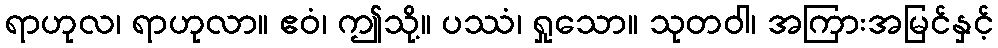
ရာဟုလ၊ ရာဟုလာ။ ဧဝံ၊ ဤသို့။ ပဿံ၊ ရှုသော။ သုတဝါ၊ အကြားအမြင်နှင့်